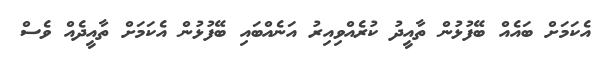
އެކަމަށް ބައެއް ބޭފުޅުން ތާއީދު ކުރެއްވިއިރު އަނެއްބައި ބޭފުޅުން އެކަމަށް ތާއީދެއް ވެސް